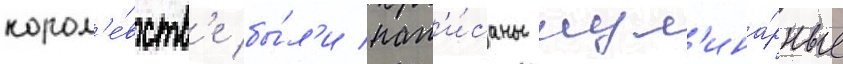
корол'е́вств'е бы́л'и нап'и́саны кул'ина́рные